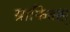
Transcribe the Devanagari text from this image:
ग्राफिक्स्